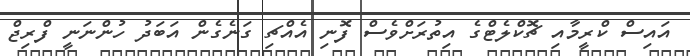
އައިސް ކްރީމާއި ޗޮކްލެޓްގެ އިތުރަށްވެސް ފޮނި އެއްޗި ގަނެގެން އަބަދު ހުންނަނީ ފްރިޖް